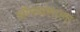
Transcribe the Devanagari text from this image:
औषधशाला